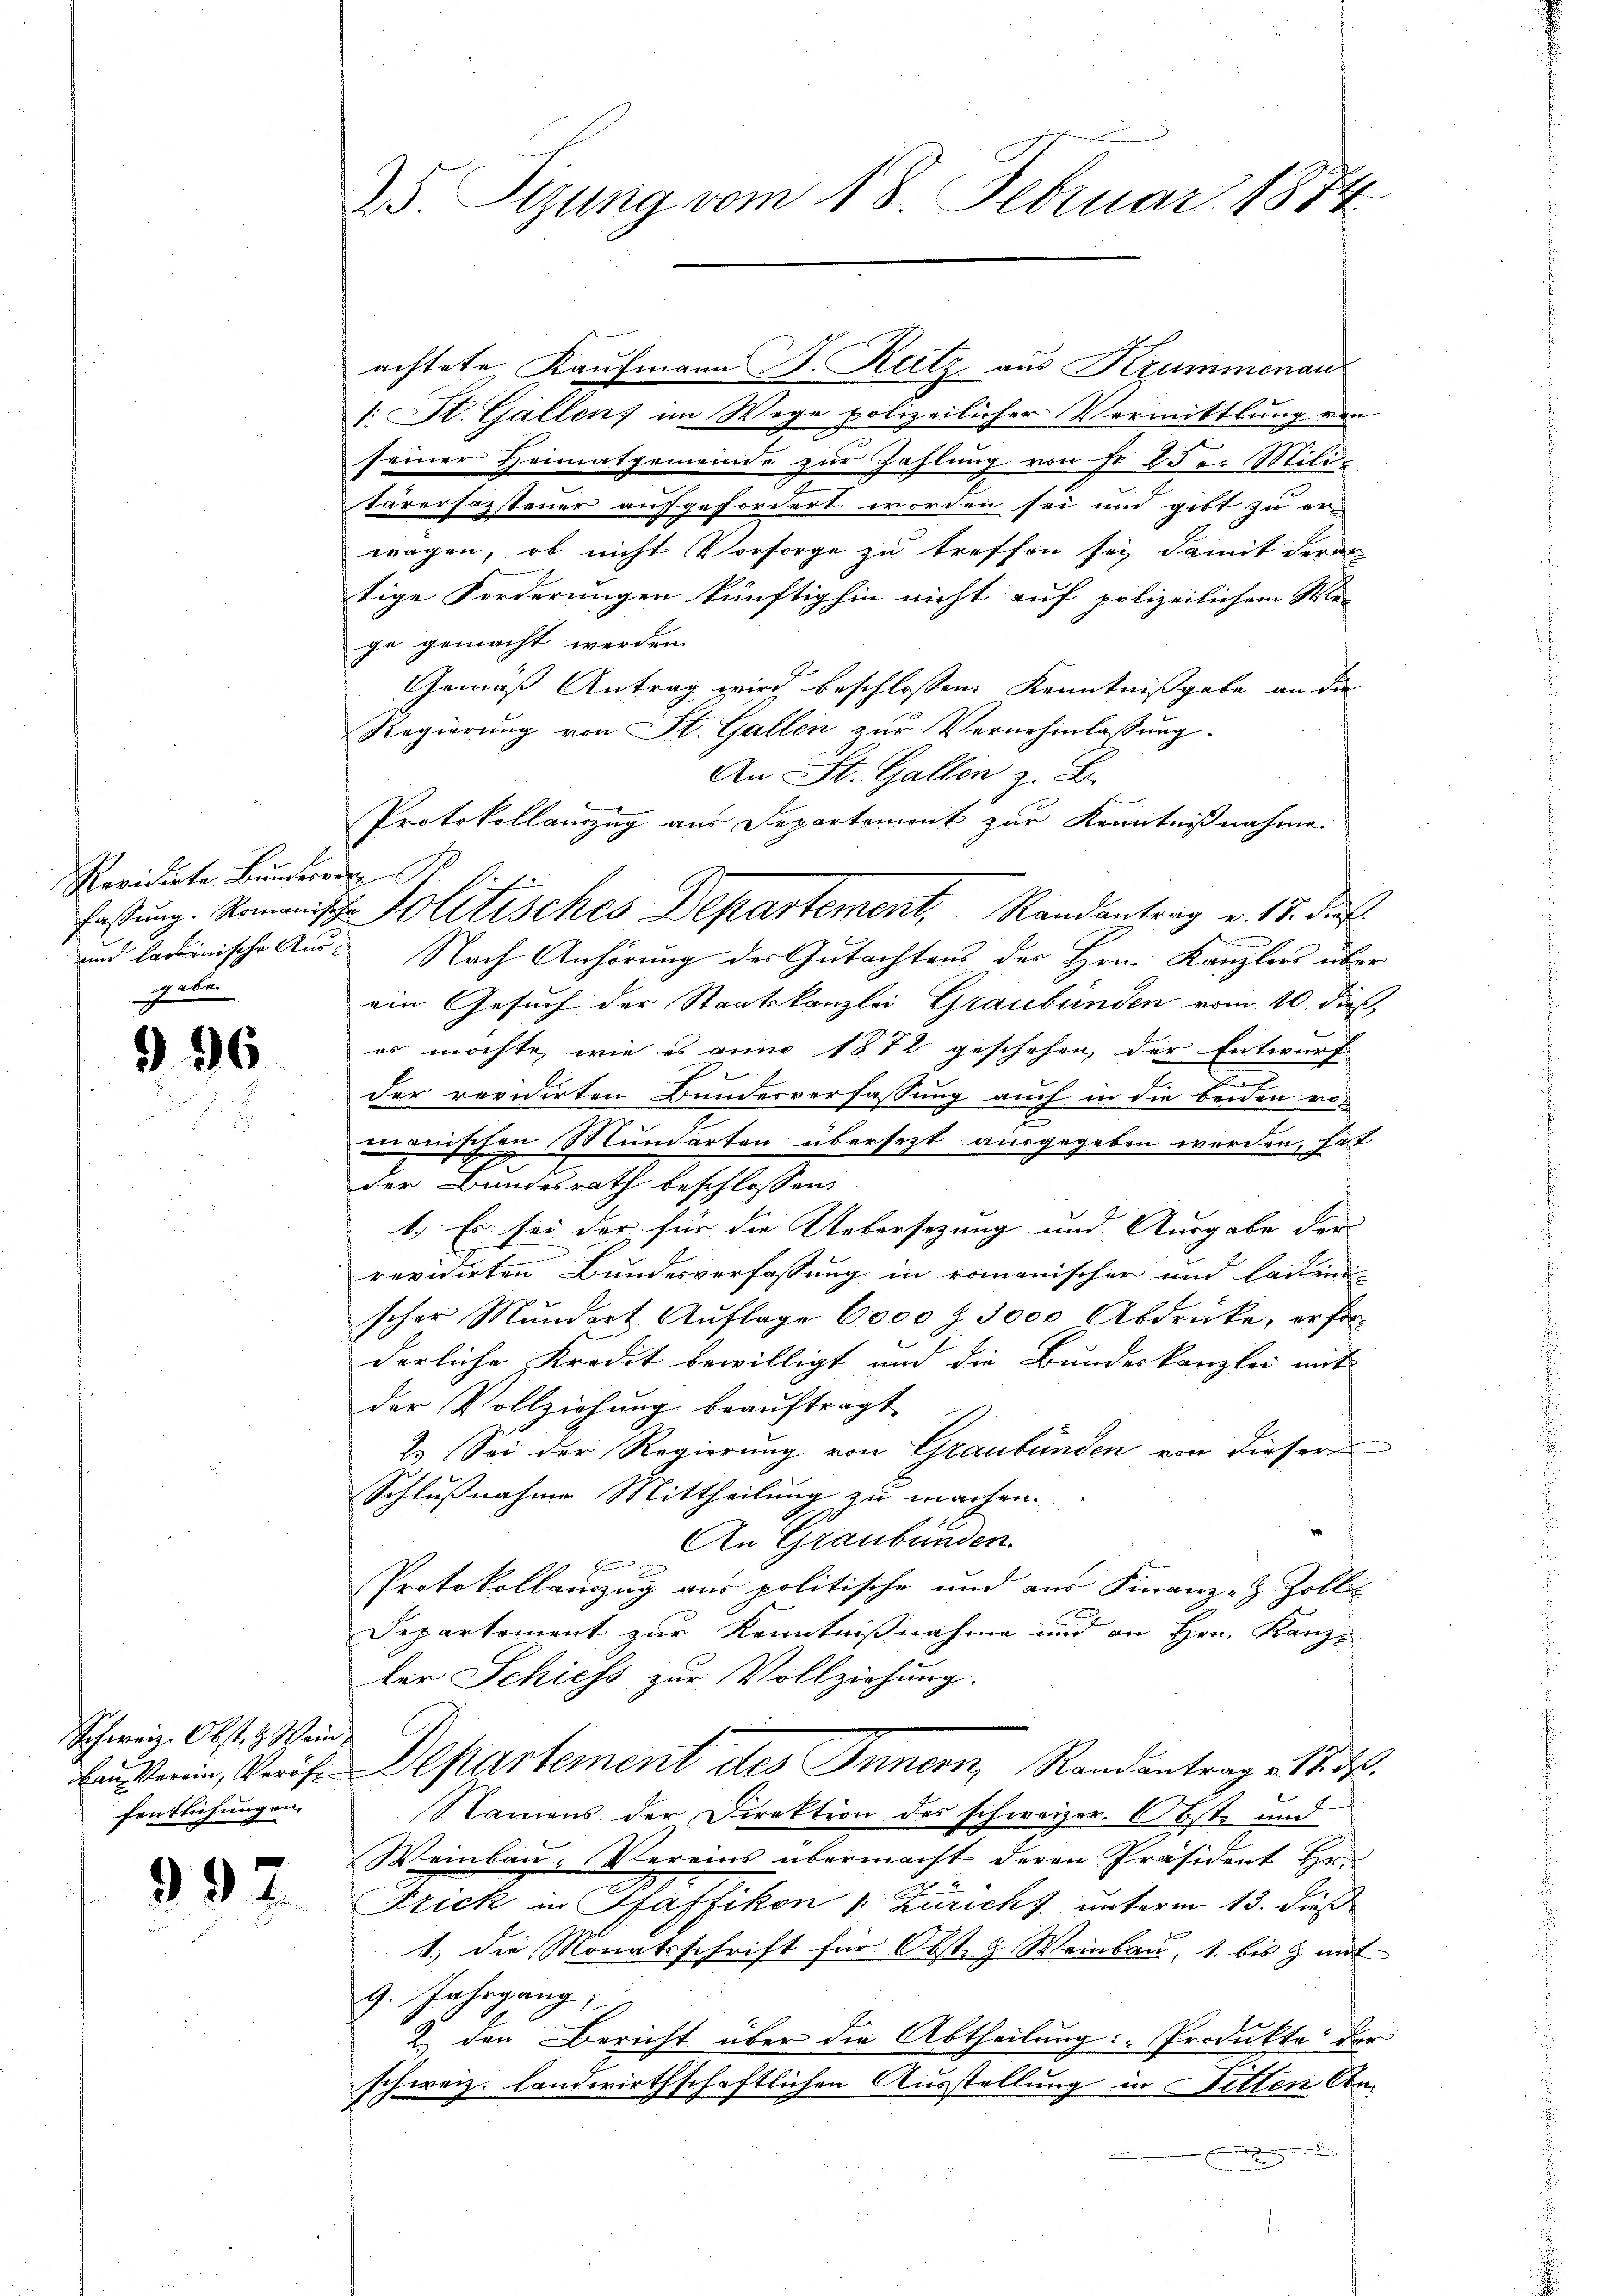
Revidirte Bunderver
geben

396

Schweiz. Obst. H. Weinfentlichungen.

992

25. Sizung vom 18. Februar 1874

1: St. Gallens im Wege polizeilicher Vermittlung von
seiner Heimatgemeinde zur Zahlung von Fr. 2 der Mili-
tärersazsteuer aufgefordert worden sei und gibt zu erwagen, ob nicht Vorsorge zu treffen sei, damit derar
tige Forderungen künftighin nicht auf polizeilichem We-
ge gemacht werden.
Gemäß Antrag wird beschlossene Kenntnißgabe an die
Regierung von St. Gallen zur Vernehmlassung.
An St. Gallen z. B.
und darinische Aus Nach Anhörung der Gutachtens des Hrn. Kanzlers über
ein Gesuch der Staatskanzlei Graubünden vom 10. dieß,
es möchte, wie es anno 1872 geschehen, der Entwurf
.
der revidirten Bundesverfassung auch in die beiden vo
manischen Mundarten übersezt ausgegeben werden, hat
der Bundesrath beschlossen:
1.) Es sei der für die Uebersezung und Ausgabe der
revidirten Bundesverfassung in romanischer und laue
scher Mundort Auflage 6000 f 3000 Abdrücke, erfor-
derliche Kredit bewilligt und die Bundeskanzlei mit
der Vollziehung beaŭftragt
2.) Sei der Regierung von Graubünden von dieser
Schlußnahme Mittheilung zu machen.
An Graubünden
Bemer
Protokollauszug aus politische und aus Finanz- & Zolli
Departement zur Kenntnißnahme und an Hrn. Kanzler Schiess zur Vollziehung.

achtete Kaufmann B. Rutz aus Krummenau

Protokollauszug aus Departemont zur Kenntnißnahme.
fassŭng. Romanische Politisches Departement, Randantrag v. 18. Ju

auslerin, Verf. Departement des Innern, Randantrage 18. d.

Namens der Direktion des schweizer. Obste und
Weinbau. Vereins übermacht deren Präsident Hr.
Frick in Pfäffikon v. Züricht unterm 13. dieß
1) die Monatsschrift für Obste G. Weinbau, 1. bis & mit-
9. Jahrgang,
2.) der Bericht über die Abtheilung Produkte: der
schweiz. landwirthschaftlichen Ausstellung in Sitten Am
.